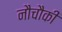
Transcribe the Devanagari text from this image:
नौचौकी